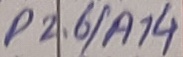
Text: P2.6/A14